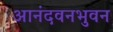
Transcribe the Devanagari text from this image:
आनंदवनभुवन